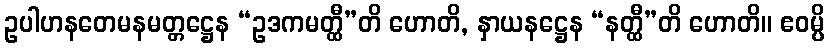
ဥပါဟနတေမနမတ္တဋ္ဌေန “ဥဒကမတ္ထီ”တိ ဟောတိ, နှာယနဋ္ဌေန “နတ္ထီ”တိ ဟောတိ။ ဧဝမ္ပိ